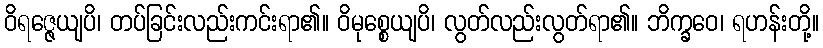
ဝိရဇ္ဇေယျပိ၊ တပ်ခြင်းလည်းကင်းရာ၏။ ဝိမုစ္စေယျပိ၊ လွတ်လည်းလွတ်ရာ၏။ ဘိက္ခဝေ၊ ရဟန်းတို့။